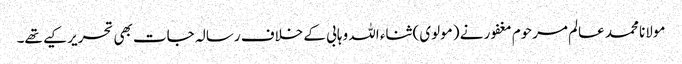
مولانا محمد عالم مرحوم مغفور نے (مولوی) ثناء اللہ وہابی کے خلاف رسالہ جات بھی تحریر کیے تھے۔